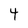
Character: 4